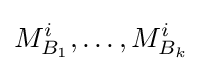
M_{B_{1}}^{i},\dots ,M_{B_{k}}^{i}